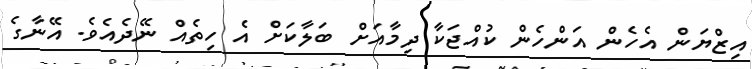
އިޒްޔަން އެހެން އަންހެން ކުއްޖަކާ ދިމާއަށް ބަލާކަށް އެ ހިތެއް ނޭދެއެވެ. އޭނާގެ